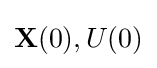
\mathbf {X} (0),U(0)